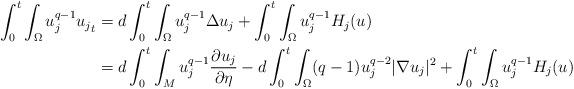
LaTeX: \begin{align*}\int_{0}^{t}\int_{\Omega}u_j^{q-1}{u_j}_t &=d\int_{0}^{t}\int_{\Omega}u_j^{q-1}\Delta u_j+\int_{0}^{t}\int_{\Omega}u_j^{q-1}H_j(u)\\ &= d\int_{0}^{t}\int_{M}u_j^{q-1}{\frac{\partial u_j}{\partial\eta}}-d\int_{0}^{t}\int_{\Omega}(q-1)u_j^{q-2}{|\nabla u_j|^{2}}+ \int_{0}^{t}\int_{\Omega}u_j^{q-1}H_j(u)\end{align*}